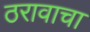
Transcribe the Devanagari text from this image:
ठरावाचा